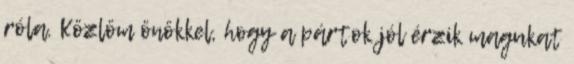
róla. Közlöm önökkel, hogy a pártok jól érzik magukat